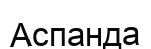
Аспанда